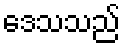
ဒေသသည်